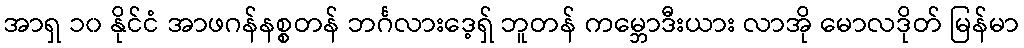
အာရှ ၁၀ နိုင်ငံ အာဖဂန်နစ္စတန် ဘင်္ဂလားဒေ့ရှ် ဘူတန် ကမ္ဘောဒီးယား လာအို မောလဒိုတ် မြန်မာ